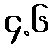
၄.၆